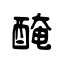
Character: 醃